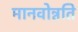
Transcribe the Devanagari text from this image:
मानवोन्नति